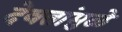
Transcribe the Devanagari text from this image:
देवतांमुळे